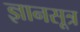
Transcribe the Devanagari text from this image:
ज्ञानसूत्र